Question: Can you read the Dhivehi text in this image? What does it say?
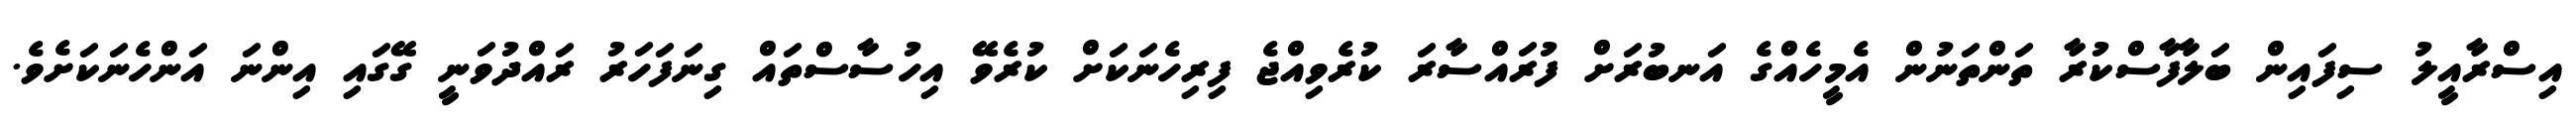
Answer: އިސްރާއީލު ސިފައިން ބަލާފާސްކުރާ ތަންތަނުން އެމީހެއްގެ އަނބުރަށް ފުރައްސާރަ ކުރެވިއްޖެ ފިރިހެނަކަށް ކުރެވޭ އިހުސާސްތައް ގިނަފަހަރު ރައްދުވަނީ ގޭގައި އިންނަ އަންހެނަކަށެވެ.